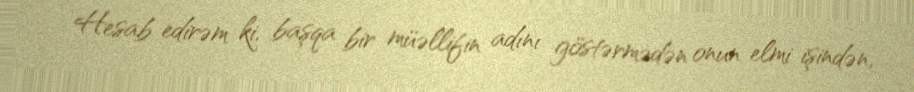
Hesab edirəm ki, başqa bir müəllifin adını göstərmədən onun elmi işindən,